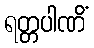
ရတ္တပါဏိံ